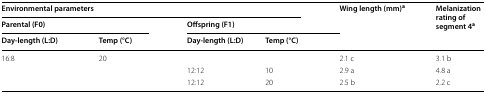
<table><thead><tr><td colspan="4"><b>Environmental parameters</b></td><td rowspan="3"><b>Wing length (mm)<sup>a</sup></b></td><td rowspan="3"><b>Melanization rating of segment 4<sup>a</sup></b></td></tr><tr><td colspan="2"><b>Parental (F0)</b></td><td colspan="2"><b>Offspring (F1)</b></td></tr><tr><td><b>Day-length (L:D)</b></td><td><b>Temp (°C)</b></td><td><b>Day-length (L:D)</b></td><td><b>Temp (°C)</b></td></tr></thead><tbody><tr><td>16:8</td><td>20</td><td></td><td></td><td>2.1 c</td><td>3.1 b</td></tr><tr><td></td><td></td><td>12:12</td><td>10</td><td>2.9 a</td><td>4.8 a</td></tr><tr><td></td><td></td><td>12:12</td><td>20</td><td>2.5 b</td><td>2.2 c</td></tr></tbody></table>